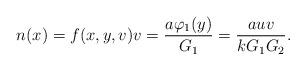
LaTeX: \begin{align*}n(x)=f(x,y,v)v=\frac{a\varphi_{1}(y)}{G_{1}}=\frac{auv}{kG_{1}G_{2}}.\end{align*}